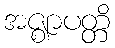
အဇ္ဈာပတ္တိ